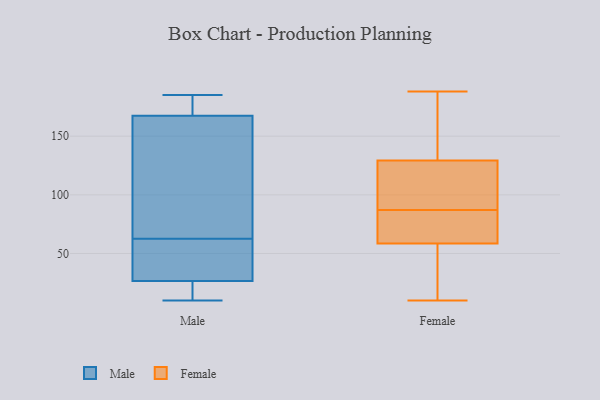
{"axis": {"x": "Temperature (°C)", "y": "Value"}, "legend": ["Female", "Male"], "data": [{"x": "", "y": 28, "type": "Male"}, {"x": "", "y": 25, "type": "Male"}, {"x": "", "y": 76, "type": "Male"}, {"x": "", "y": 180, "type": "Male"}, {"x": "", "y": 31, "type": "Male"}, {"x": "", "y": 185, "type": "Male"}, {"x": "", "y": 18, "type": "Male"}, {"x": "", "y": 173, "type": "Male"}, {"x": "", "y": 162, "type": "Male"}, {"x": "", "y": 130, "type": "Male"}, {"x": "", "y": 10, "type": "Male"}, {"x": "", "y": 49, "type": "Male"}, {"x": "", "y": 87, "type": "Female"}, {"x": "", "y": 10, "type": "Female"}, {"x": "", "y": 102, "type": "Female"}, {"x": "", "y": 114, "type": "Female"}, {"x": "", "y": 188, "type": "Female"}, {"x": "", "y": 87, "type": "Female"}, {"x": "", "y": 16, "type": "Female"}, {"x": "", "y": 160, "type": "Female"}, {"x": "", "y": 66, "type": "Female"}, {"x": "", "y": 85, "type": "Female"}, {"x": "", "y": 119, "type": "Female"}, {"x": "", "y": 36, "type": "Female"}, {"x": "", "y": 188, "type": "Female"}]}